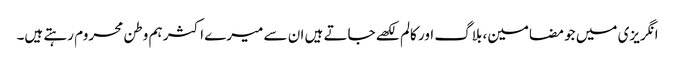
انگریزی میں جو مضامین، بلاگ اور کالم لکھے جاتے ہیں ان سے میرے اکثر ہم وطن محروم رہتے ہیں۔